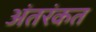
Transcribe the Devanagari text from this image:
अंतरंकत